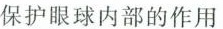
保护眼球内部的作用